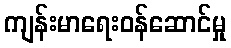
ကျန်းမာရေးဝန်ဆောင်မှု